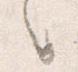
之